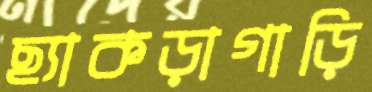
ছ্যাকড়াগাড়ি